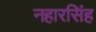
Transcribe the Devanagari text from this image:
नहारसिंह